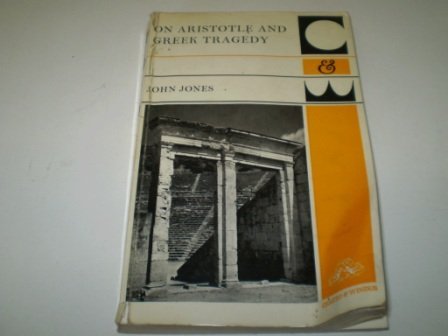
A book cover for On Aristotle and Greek tragedy; John Jones; Literature & Fiction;